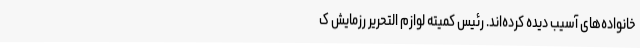
خانواده‌های آسیب دیده کرده‌اند. رئیس کمیته لوازم التحریر رزمایش ک